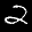
Label: 2